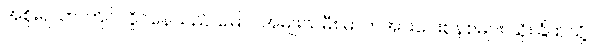
အစိုးရသာ ကြိုင်လှိုင်နေသည် မြောင်အမျိုးသမီး ဓာတ်အားပေးစနစ်များ သိုးခြံထဲသို့